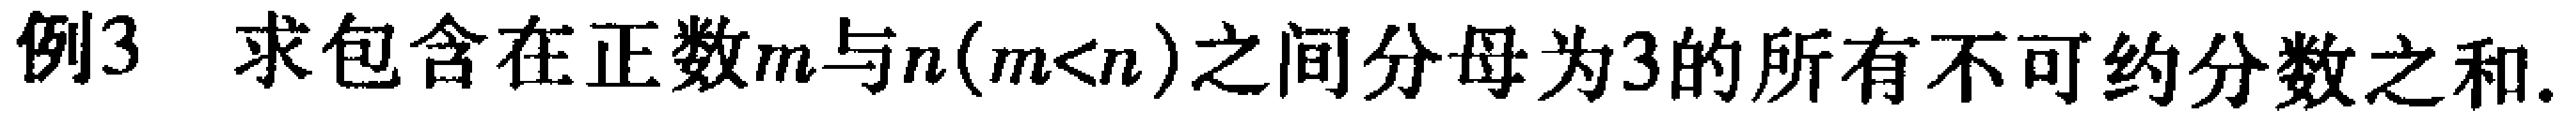
例3 求包含在正数\(m\)与\(n(m < n)\)之间分母为\(3\)的所有不可约分数之和.